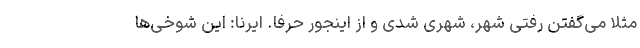
مثلا می‌گفتن رفتی شهر، شهری شدی و از اینجور حرفا. ایرنا: این شوخی‌ها